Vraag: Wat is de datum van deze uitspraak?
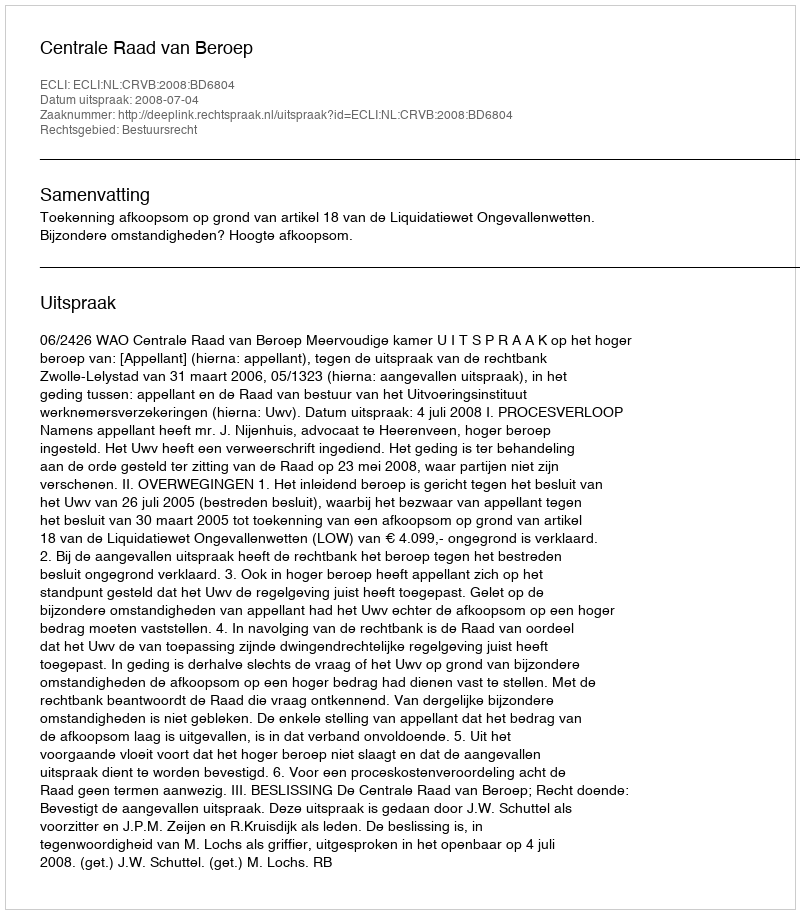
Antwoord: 2008-07-04